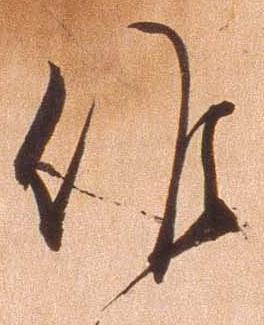
候